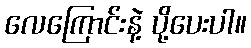
လေကြောင်းနဲ့ ပို့ပေးပါ။